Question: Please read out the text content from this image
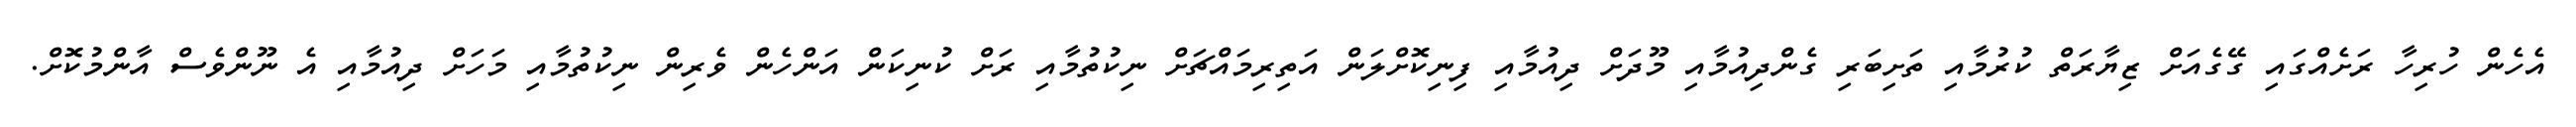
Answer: އެހެން ހުރިހާ ރަށެއްގައި ގޭގެއަށް ޒިޔާރަތް ކުރުމާއި ތަށިބަރި ގެންދިއުމާއި މޫދަށް ދިއުމާއި ފިނިކޮށްލަން އަތިރިމައްޗަށް ނިކުތުމާއި ރަށް ކުނިކަން އަންހެން ވެރިން ނިކުތުމާއި މަހަށް ދިއުމާއި އެ ނޫންވެސް އާންމުކޮށް.